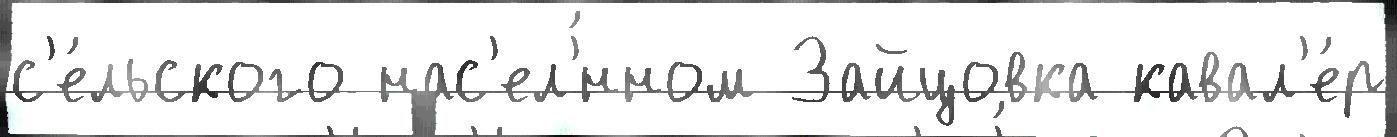
с'е́льского нас'ел'́нном Зайцовка кавал'е́р